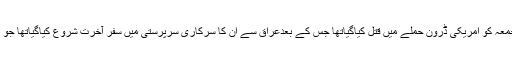
واضح رہے کہ جنرل قاسم سلیمانی کو جمعہ کو امریکی ڈرون حملے میں قتل کیاگیاتھا جس کے بعدعراق سے ان کا سرکاری سرپرستی میں سفر آخرت شروع کیاگیاتھا جو کئی شہروں سے ہوتا ہواتہران پہنچا ہے۔